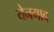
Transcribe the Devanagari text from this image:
येनगाव